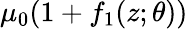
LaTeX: \mu_{0}(1+f_{1}(z;\theta))